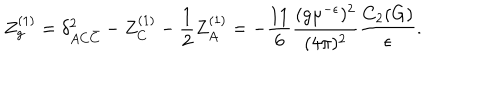
Z _ { g } ^ { ( 1 ) } = \delta _ { A C \bar { C } } ^ { 2 } - Z _ { C } ^ { ( 1 ) } - \frac 1 2 Z _ { A } ^ { ( 1 ) } = - \frac { 1 1 } 6 \frac { ( g \mu ^ { - \epsilon } ) ^ { 2 } } { ( 4 \pi ) ^ { 2 } } \frac { C _ { 2 } ( G ) } { \epsilon } .